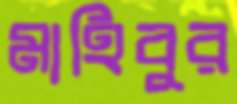
মাহিবুর